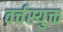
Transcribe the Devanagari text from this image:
वर्चस्युक्त